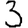
Digit: 3